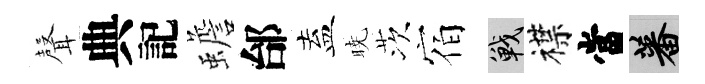
𮋻典記蟾邰盍暁茨宿戰襟當蕃